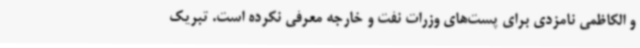
و الکاظمی نامزدی برای پست‌های وزرات نفت و خارجه معرفی نکرده است. تبریک